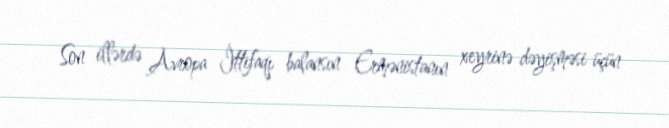
Son illərdə Avropa İttifaqı balansın Ermənistanın xeyrinə dəyişməsi üçün